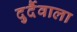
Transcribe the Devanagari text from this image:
दुर्दैवाला